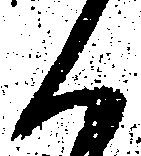
候